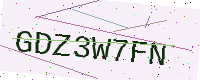
Text: GDZ3W7FN